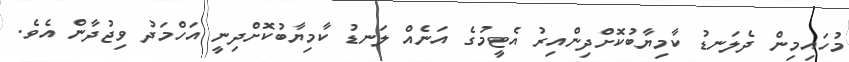
މުހައިމިން ދެލަނޑު ކާމިޔާބުކޮށްދިންއިރު އެޓީމުގެ އަނެއް ލަނޑު ކާމިޔާބުކޮށްދިނީ އަހްމަދު ވިޖުދާން އެވެ.